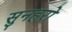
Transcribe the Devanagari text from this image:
सुनहरो